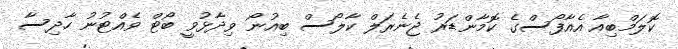
ކޮލަމްބިއާ އެއާފޯސްގެ ކޮމާންޑަރު ޖެނެރަލް ކާލޯސް ބިއުނޯ ވިދާޅުވީ ބޯޓް ވެއްޓުނު ހާދިސާ